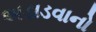
અડાડવાનો